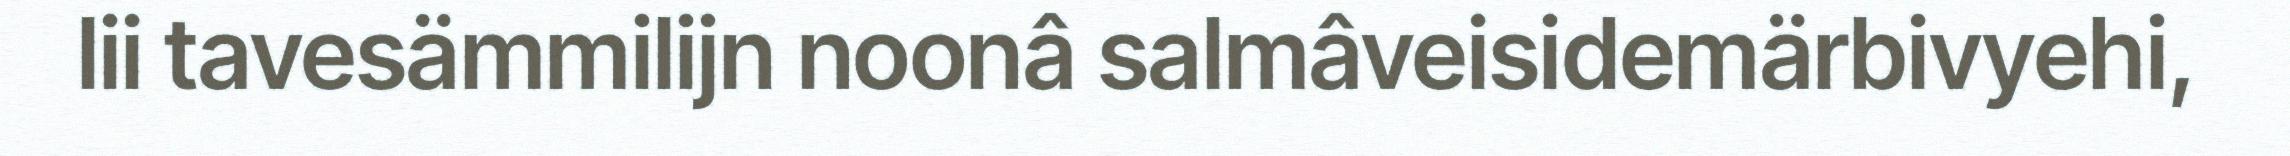
lii tavesämmilijn noonâ salmâveisidemärbivyehi,